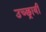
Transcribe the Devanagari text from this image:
उच्छ्रायी